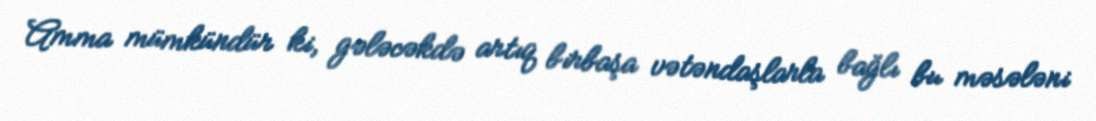
Amma mümkündür ki, gələcəkdə artıq birbaşa vətəndaşlarla bağlı bu məsələni